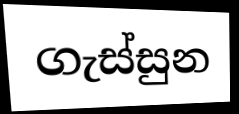
ගැස්සුන